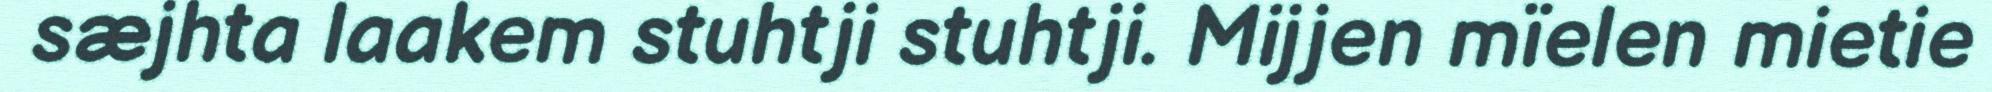
sæjhta laakem stuhtji stuhtji. Mijjen mïelen mietie